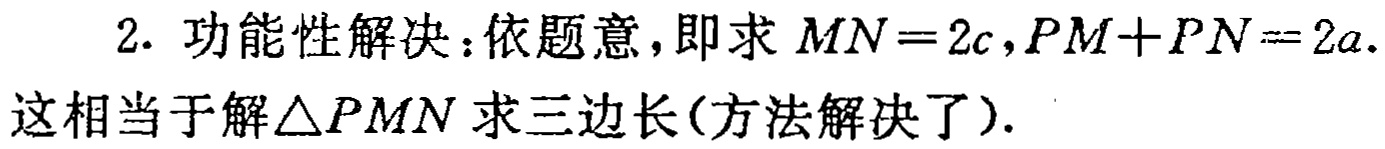
2. 功能性解决：依题意，即求 \(MN = 2c,PM + PN = 2a\). 这相当于解\(\triangle PMN\)求三边长(方法解决了).